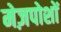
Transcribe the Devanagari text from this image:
मेज़पोशों